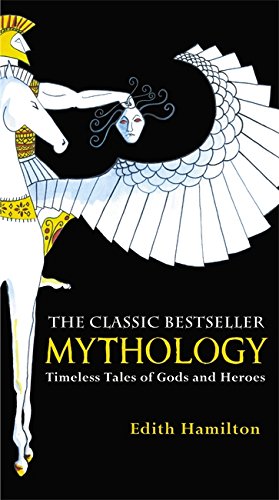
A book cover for Mythology: Timeless Tales of Gods and Heroes; Edith Hamilton; Literature & Fiction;